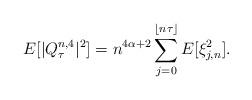
LaTeX: \begin{align*} E[| Q^{n,4} _\tau|^2]= n^{4\alpha+2} \sum_{j=0} ^{\lfloor n\tau \rfloor} E[\xi_{j,n}^2]. \end{align*}